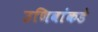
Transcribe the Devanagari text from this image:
उणिवांकडे